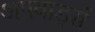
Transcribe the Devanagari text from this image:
अपवार्ड्स